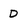
Character: D